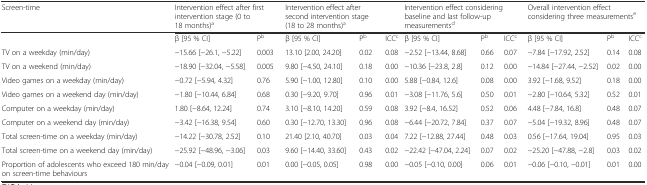
<table><thead><tr><td><b>Screen-time</b></td><td colspan="2"><b>Intervention effect after first intervention stage (0 to 18 months)<sup>a</sup></b></td><td colspan="2"><b>Intervention effect after second intervention stage (18 to 28 months)<sup>a</sup></b></td><td></td><td colspan="3"><b>Intervention effect considering baseline and last follow-up measurements<sup>d</sup></b></td><td colspan="3"><b>Overall intervention effect considering three measurements<sup>e</sup></b></td></tr></thead><tbody><tr><td></td><td>β [95 % CI]</td><td>P<sup>b</sup></td><td>β [95 % CI]</td><td>P<sup>b</sup></td><td>ICC<sup>c</sup></td><td>β [95 % CI]</td><td>P<sup>b</sup></td><td>ICC<sup>c</sup></td><td>β [95 % CI]</td><td>P<sup>b</sup></td><td>ICC<sup>c</sup></td></tr><tr><td>TV on a weekday (min/day)</td><td>−15.66 [−26.1, −5.22]</td><td>0.003</td><td>13.10 [2.00, 24.20]</td><td>0.02</td><td>0.08</td><td>−2.52 [−13.44, 8.68]</td><td>0.66</td><td>0.07</td><td>−7.84 [−17.92, 2.52]</td><td>0.14</td><td>0.08</td></tr><tr><td>TV on a weekend (min/day)</td><td>−18.90 [−32.04, −5.58]</td><td>0.005</td><td>9.80 [−4.50, 24.10]</td><td>0.18</td><td>0.00</td><td>−10.36 [−23.8, 2.8]</td><td>0.12</td><td>0.00</td><td>−14.84 [−27.44, −2.52]</td><td>0.02</td><td>0.00</td></tr><tr><td>Video games on a weekday (min/day)</td><td>−0.72 [−5.94, 4.32]</td><td>0.76</td><td>5.90 [−1.00, 12.80]</td><td>0.10</td><td>0.00</td><td>5.88 [−0.84, 12.6]</td><td>0.08</td><td>0.00</td><td>3.92 [−1.68, 9.52]</td><td>0.18</td><td>0.00</td></tr><tr><td>Video games on a weekend day (min/day)</td><td>−1.80 [−10.44, 6.84]</td><td>0.68</td><td>0.30 [−9.20, 9.70]</td><td>0.96</td><td>0.01</td><td>−3.08 [−11.76, 5.6]</td><td>0.50</td><td>0.01</td><td>−2.80 [−10.64, 5.32]</td><td>0.52</td><td>0.01</td></tr><tr><td>Computer on a weekday (min/day)</td><td>1.80 [−8.64, 12.24]</td><td>0.74</td><td>3.10 [−8.10, 14.20]</td><td>0.59</td><td>0.08</td><td>3.92 [−8.4, 16.52]</td><td>0.52</td><td>0.06</td><td>4.48 [−7.84, 16.8]</td><td>0.48</td><td>0.07</td></tr><tr><td>Computer on a weekend day (min/day)</td><td>−3.42 [−16.38, 9.54]</td><td>0.60</td><td>0.30 [−12.70, 13.30]</td><td>0.96</td><td>0.08</td><td>−6.44 [−20.72, 7.84]</td><td>0.37</td><td>0.07</td><td>−5.04 [−19.32, 8.96]</td><td>0.48</td><td>0.07</td></tr><tr><td>Total screen-time on a weekday (min/day)</td><td>−14.22 [−30.78, 2.52]</td><td>0.10</td><td>21.40 [2.10, 40.70]</td><td>0.03</td><td>0.04</td><td>7.22 [−12.88, 27.44]</td><td>0.48</td><td>0.03</td><td>0.56 [−17.64, 19.04]</td><td>0.95</td><td>0.03</td></tr><tr><td>Total screen-time on a weekend day (min/day)</td><td>−25.92 [−48.96, −3.06]</td><td>0.03</td><td>9.60 [−14.40, 33.60]</td><td>0.43</td><td>0.02</td><td>−22.42 [−47.04, 2.24]</td><td>0.07</td><td>0.02</td><td>−25.20 [−47.88, −2.8]</td><td>0.03</td><td>0.02</td></tr><tr><td>Proportion of adolescents who exceed 180 min/day on screen-time behaviours</td><td>−0.04 [−0.09, 0.01]</td><td>0.01</td><td>0.00 [−0.05, 0.05]</td><td>0.98</td><td>0.00</td><td>−0.05 [−0.10, 0.00]</td><td>0.06</td><td>0.01</td><td>−0.06 [−0.10, −0.01]</td><td>0.01</td><td>0.00</td></tr></tbody></table>